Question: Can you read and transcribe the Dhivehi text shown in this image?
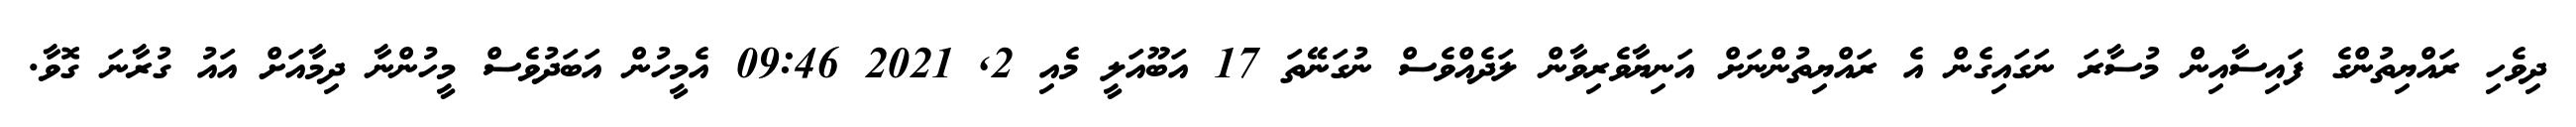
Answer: ދިވެހި ރައްޔިތުންގެ ފައިސާއިން މުސާރަ ނަގައިގެން އެ ރައްޔިތުންނަށް އަނިޔާވެރިވާން ލަދެއްވެސް ނުގަނޭތަ 17 އަބޫއަލީ މެއި 2, 2021 09:46 އެމީހުން އަބަދުވެސް މީހުންނާ ދިމާއަށް އައު ގުރާނަ ގޮވާ.